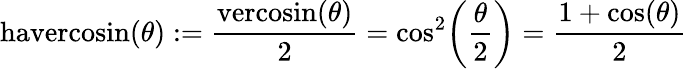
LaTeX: {\textrm{havercosin}}(\theta):={\frac{{\textrm{vercosin}}(\theta)}{2}}=\cos^{2}\! \left({\frac{\theta}{2}}\right)={\frac{1+\cos(\theta)}{2}}